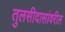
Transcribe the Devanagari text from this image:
तुलसीदासांवरील